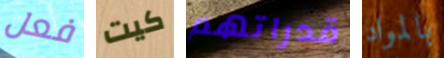
فعل كيت قدراتهم بالمواد